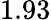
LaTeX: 1.93